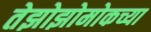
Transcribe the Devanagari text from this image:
तेझोझोमोकच्या